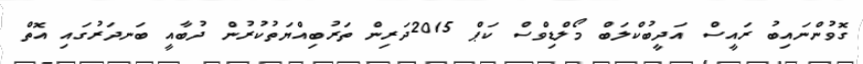
ގޮވުންނައިބު ރައީސް އަދީބުކްލަބް މޯލްޑިވްސް ކަޕް 2015ދަރިން ތަރުބިއްޔަތުކުރުން ދުބާއީ ބަނދަރުގައި އޮތް